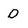
Character: D